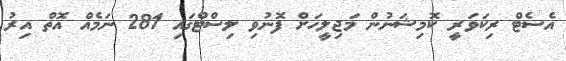
އެސެޓް ރިކަވަރީ ކޮމިޝަނުން މަޖިލީހަށް ފޮނުވި ލިސްޓްގައި 281 ނަމެއް އޮތް އިރު